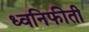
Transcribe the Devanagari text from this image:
ध्वनिफीती